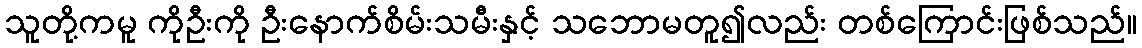
သူတို့ကမူ ကိုဦးကို ဦးနောက်စိမ်းသမီးနှင့် သဘောမတူ၍လည်း တစ်ကြောင်းဖြစ်သည်။